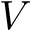
V